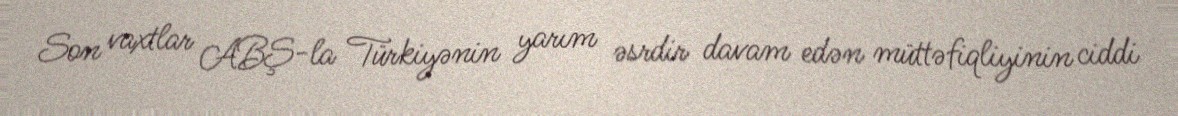
Son vaxtlar ABŞ-la Türkiyənin yarım əsrdir davam edən müttəfiqliyinin ciddi